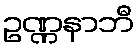
ဥဏ္ဏနာဘီ